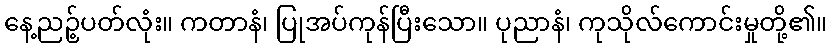
နေ့ညဉ့်ပတ်လုံး။ ကတာနံ၊ ပြုအပ်ကုန်ပြီးသော။ ပုညာနံ၊ ကုသိုလ်ကောင်းမှုတို့၏။